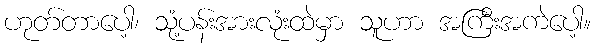
ဟုတ်တာပေါ့၊ သုံ့ပန်းအားလုံးထဲမှာ သူဟာ အကြီးအကဲပေါ့။